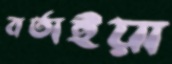
বর্তাইয়া